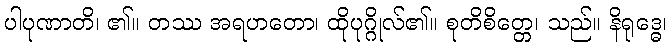
ပါပုဏာတိ၊ ၏။ တဿ အရဟတော၊ ထိုပုဂ္ဂိုလ်၏။ စုတိစိတ္တေ၊ သည်။ နိရုဒ္ဓေ၊